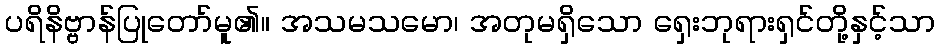
ပရိနိဗ္ဗာန်ပြုတော်မူ၏။ အသမသမော၊ အတုမရှိသော ရှေးဘုရားရှင်တို့နှင့်သာ